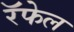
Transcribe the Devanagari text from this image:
रॅफेल